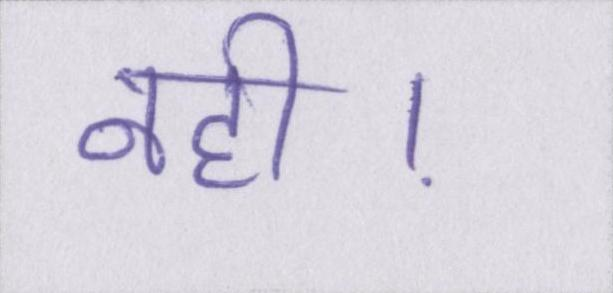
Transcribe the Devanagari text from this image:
नही।